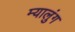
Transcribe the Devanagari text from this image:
म्यालुंग